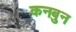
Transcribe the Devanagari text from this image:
कनबुन